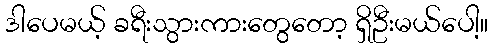
ဒါပေမယ့် ခရီးသွားကားတွေတော့ ရှိဦးမယ်ပေါ့။